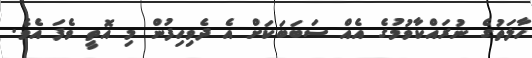
ހާލަތުގެ ނުރައްކާވުމުގެ އެއް ސަބަބަކަށް އެ ދެވިހިފުން މި އޮތީ ވެފަ އެވެ.